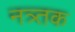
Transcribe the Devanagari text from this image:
नत्र्तक